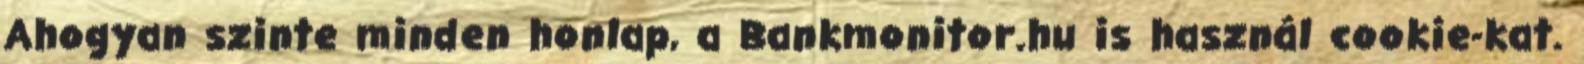
Ahogyan szinte minden honlap, a Bankmonitor.hu is használ cookie-kat.